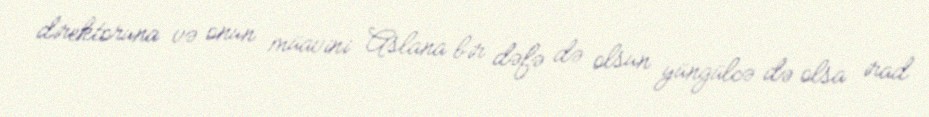
direktoruna və onun müavini Aslana bir dəfə də olsun yüngülcə də olsa irad